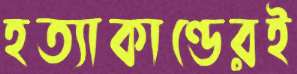
হত্যাকাণ্ডেরই